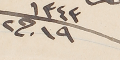
١٣٤٣ ١٩ ج٢